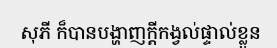
សុភី ក៏បានបង្ហាញក្តីកង្វល់ផ្ទាល់ខ្លួន